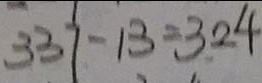
3 3 7 - 1 3 = 3 2 4